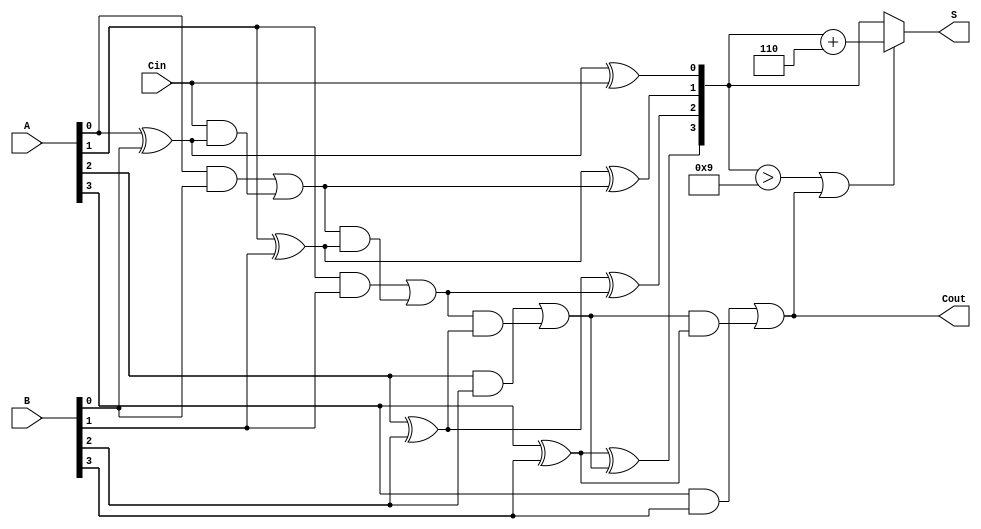
module BCD_Ripple_Carry_Adder (
    input  [3:0] A,     // First BCD digit
    input  [3:0] B,     // Second BCD digit
    input        Cin,    // Carry input
    output [3:0] S,     // BCD sum output
    output       Cout    // Carry output indicating overflow
);
    wire [4:0] sum;     // Intermediate sum including carry out for correction
    wire carry1, carry2, carry3;

    // Full adder logic
    assign sum[0] = A[0] ^ B[0] ^ Cin;         // Sum for LSB
    assign carry1 = (A[0] & B[0]) | (Cin & (A[0] ^ B[0]));

    assign sum[1] = A[1] ^ B[1] ^ carry1;      // Sum for 1st bit
    assign carry2 = (A[1] & B[1]) | (carry1 & (A[1] ^ B[1]));

    assign sum[2] = A[2] ^ B[2] ^ carry2;      // Sum for 2nd bit
    assign carry3 = (A[2] & B[2]) | (carry2 & (A[2] ^ B[2]));

    assign sum[3] = A[3] ^ B[3] ^ carry3;      // Sum for MSB
    assign Cout = (A[3] & B[3]) | (carry3 & (A[3] ^ B[3]));

    // BCD Correction Logic
    wire [3:0] correction = 4'b0110; // Corrective value (6 in BCD)
    wire correction_needed;

    assign correction_needed = (sum[3:0] > 4'b1001) || Cout;

    assign S = correction_needed ? (sum[3:0] + correction) : sum[3:0];
    
endmodule